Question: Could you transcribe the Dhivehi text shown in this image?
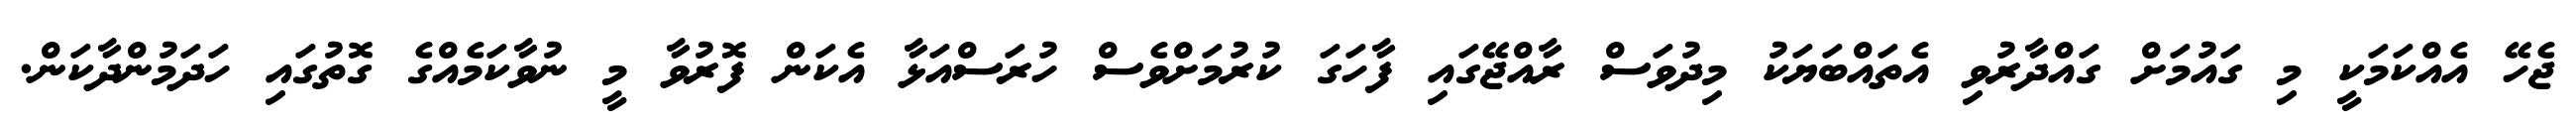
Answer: ޖެހޭ އެއްކަމަކީ މި ގައުމަށް ގައްދާރުވި އެތައްބަޔަކު މިދުވަސް ރާއްޖޭގައި ފާހަގަ ކުރުމަށްވެސް ހުރަސްއަޅާ އެކަން ފޮރުވާ މީ ނުވާކަމެއްގެ ގޮތުގައި ހަދަމުންދާކަން.